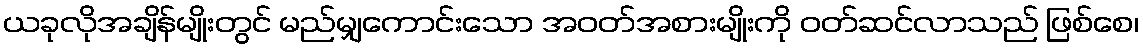
ယခုလိုအချိန်မျိုးတွင် မည်မျှကောင်းသော အဝတ်အစားမျိုးကို ဝတ်ဆင်လာသည် ဖြစ်စေ၊